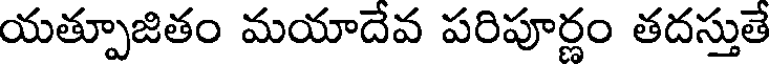
యత్పూజితం మయాదేవ పరిపూర్ణం తదస్తుతే